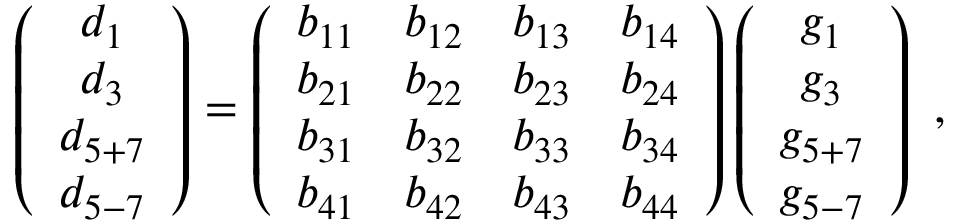
\left( \begin{array} { c } { { d _ { 1 } } } \\ { { d _ { 3 } } } \\ { { d _ { 5 + 7 } } } \\ { { d _ { 5 - 7 } } } \end{array} \right) = \left( \begin{array} { c c c c c } { { b _ { 1 1 } } } & { { b _ { 1 2 } } } & { { b _ { 1 3 } } } & { { b _ { 1 4 } } } \\ { { b _ { 2 1 } } } & { { b _ { 2 2 } } } & { { b _ { 2 3 } } } & { { b _ { 2 4 } } } \\ { { b _ { 3 1 } } } & { { b _ { 3 2 } } } & { { b _ { 3 3 } } } & { { b _ { 3 4 } } } \\ { { b _ { 4 1 } } } & { { b _ { 4 2 } } } & { { b _ { 4 3 } } } & { { b _ { 4 4 } } } \end{array} \right) \left( \begin{array} { c } { { g _ { 1 } } } \\ { { g _ { 3 } } } \\ { { g _ { 5 + 7 } } } \\ { { g _ { 5 - 7 } } } \end{array} \right) \ ,